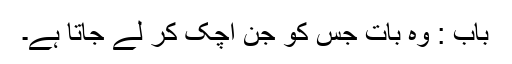
باب : وہ بات جس کو جن اچک کر لے جاتا ہے۔